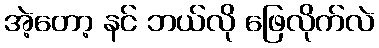
အဲ့တော့ နင် ဘယ်လို ဖြေလိုက်လဲ